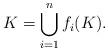
LaTeX: \begin{align*} K = \bigcup_{i=1} ^n f_i (K).\end{align*}